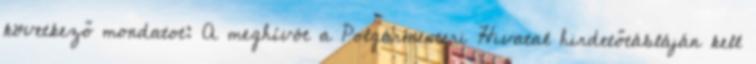
következő mondatot: A meghívót a Polgármesteri Hivatal hirdetőtábláján kell